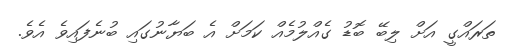
ތަރައްގީ އަށް ލިބޭ ބޮޑު ގެއްލުމެއް ކަމަށް އެ ބަޔާނުގައި ބުނެފައިވެ އެވެ.